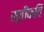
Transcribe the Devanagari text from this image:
स्वीकति